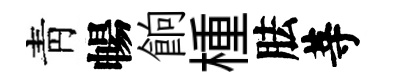
靑暢餉㮔胠䓁